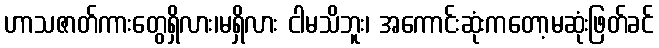
ဟာသဇာတ်ကားတွေရှိလား၊မရှိလား ငါမသိဘူး၊ အကောင်းဆုံးကတော့မဆုံးဖြတ်ခင်